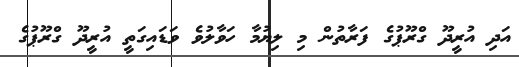
އަދި އުރީދޫ ގްރޫޕުގެ ފަރާތުން މި ލިޔުމާ ހަވާލުވެ ވަޑައިގަތީ އުރީދޫ ގްރޫޕުގެ